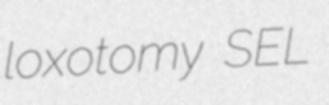
loxotomy SEL